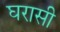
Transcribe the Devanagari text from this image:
घरासी